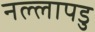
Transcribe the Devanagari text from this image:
नल्‍लापडु